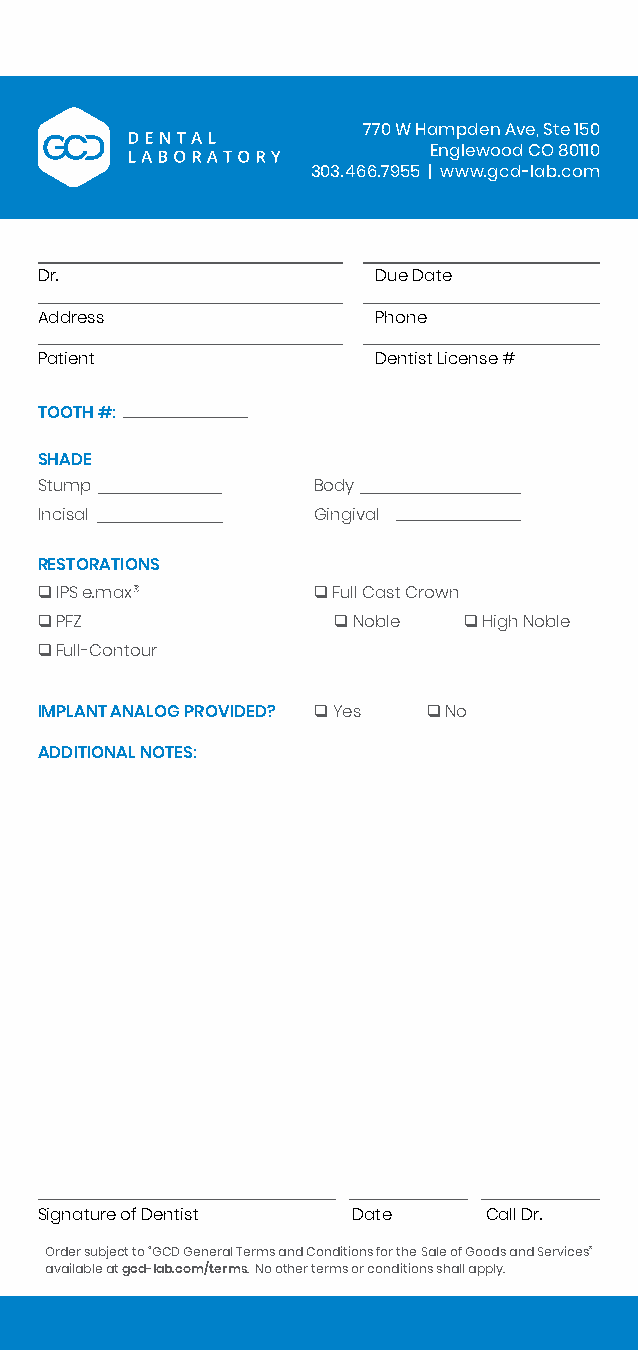
770 W Hampden Ave, Ste 150
 Englewood CO 80110
 303.466.7955 | www.gcd-lab.com
 Dr.                    Due Date
 Address                Phone
 Patient                Dentist License #
 TOOTH #:
 SHADE
 Stump              Body
 Incisal            Gingival
 RESTORATIONS
 qIPS e.max®        qFull Cast Crown
 qPFZ                qNoble   qHigh Noble
 qFull-Contour
 IMPLANT ANALOG PROVIDED?
 qYes   qNo
 ADDITIONAL NOTES:
 Signature of Dentist Date     Call Dr.
 Order subject to “GCD General Terms and Conditions for the Sale of Goods and Services”
 available at gcd-lab.com/terms. No other terms or conditions shall apply.